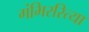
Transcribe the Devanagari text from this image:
गंभिररित्या